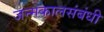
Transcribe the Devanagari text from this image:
जन्मकालसंबंधी